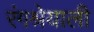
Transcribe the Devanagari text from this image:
रंगश्रेयाली